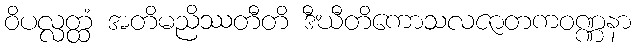
ဝိပလ္လတ္ထံ အတိမညိဿတီတိ ဒီဃီတိကောသလဇာတကဝဏ္ဏနာ